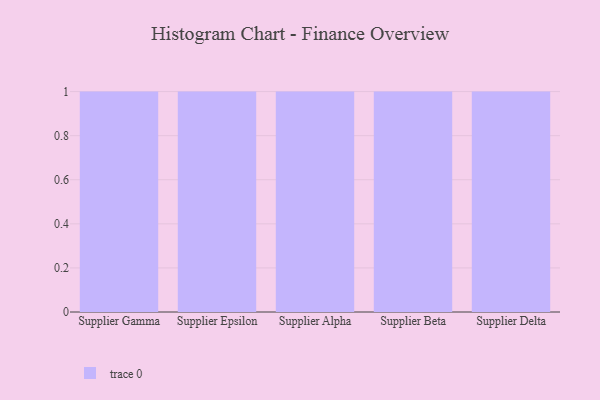
{"axis": {"x": "Supplier", "y": "Customer Acquisition Cost (USD)"}, "legend": [""], "data": [{"x": "Supplier Gamma", "y": 97, "type": ""}, {"x": "Supplier Epsilon", "y": 48, "type": ""}, {"x": "Supplier Alpha", "y": 21, "type": ""}, {"x": "Supplier Beta", "y": 23, "type": ""}, {"x": "Supplier Delta", "y": 51, "type": ""}]}